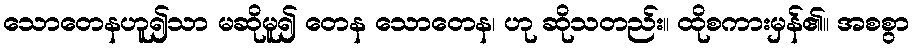
သောတေနဟူ၍သာ မဆိုမူ၍ တေန သောတေန၊ ဟု ဆိုသတည်း။ ထိုစကားမှန်၏။ အစစွာ